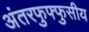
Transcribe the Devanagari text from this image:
अंतरफुफ्फुसीय